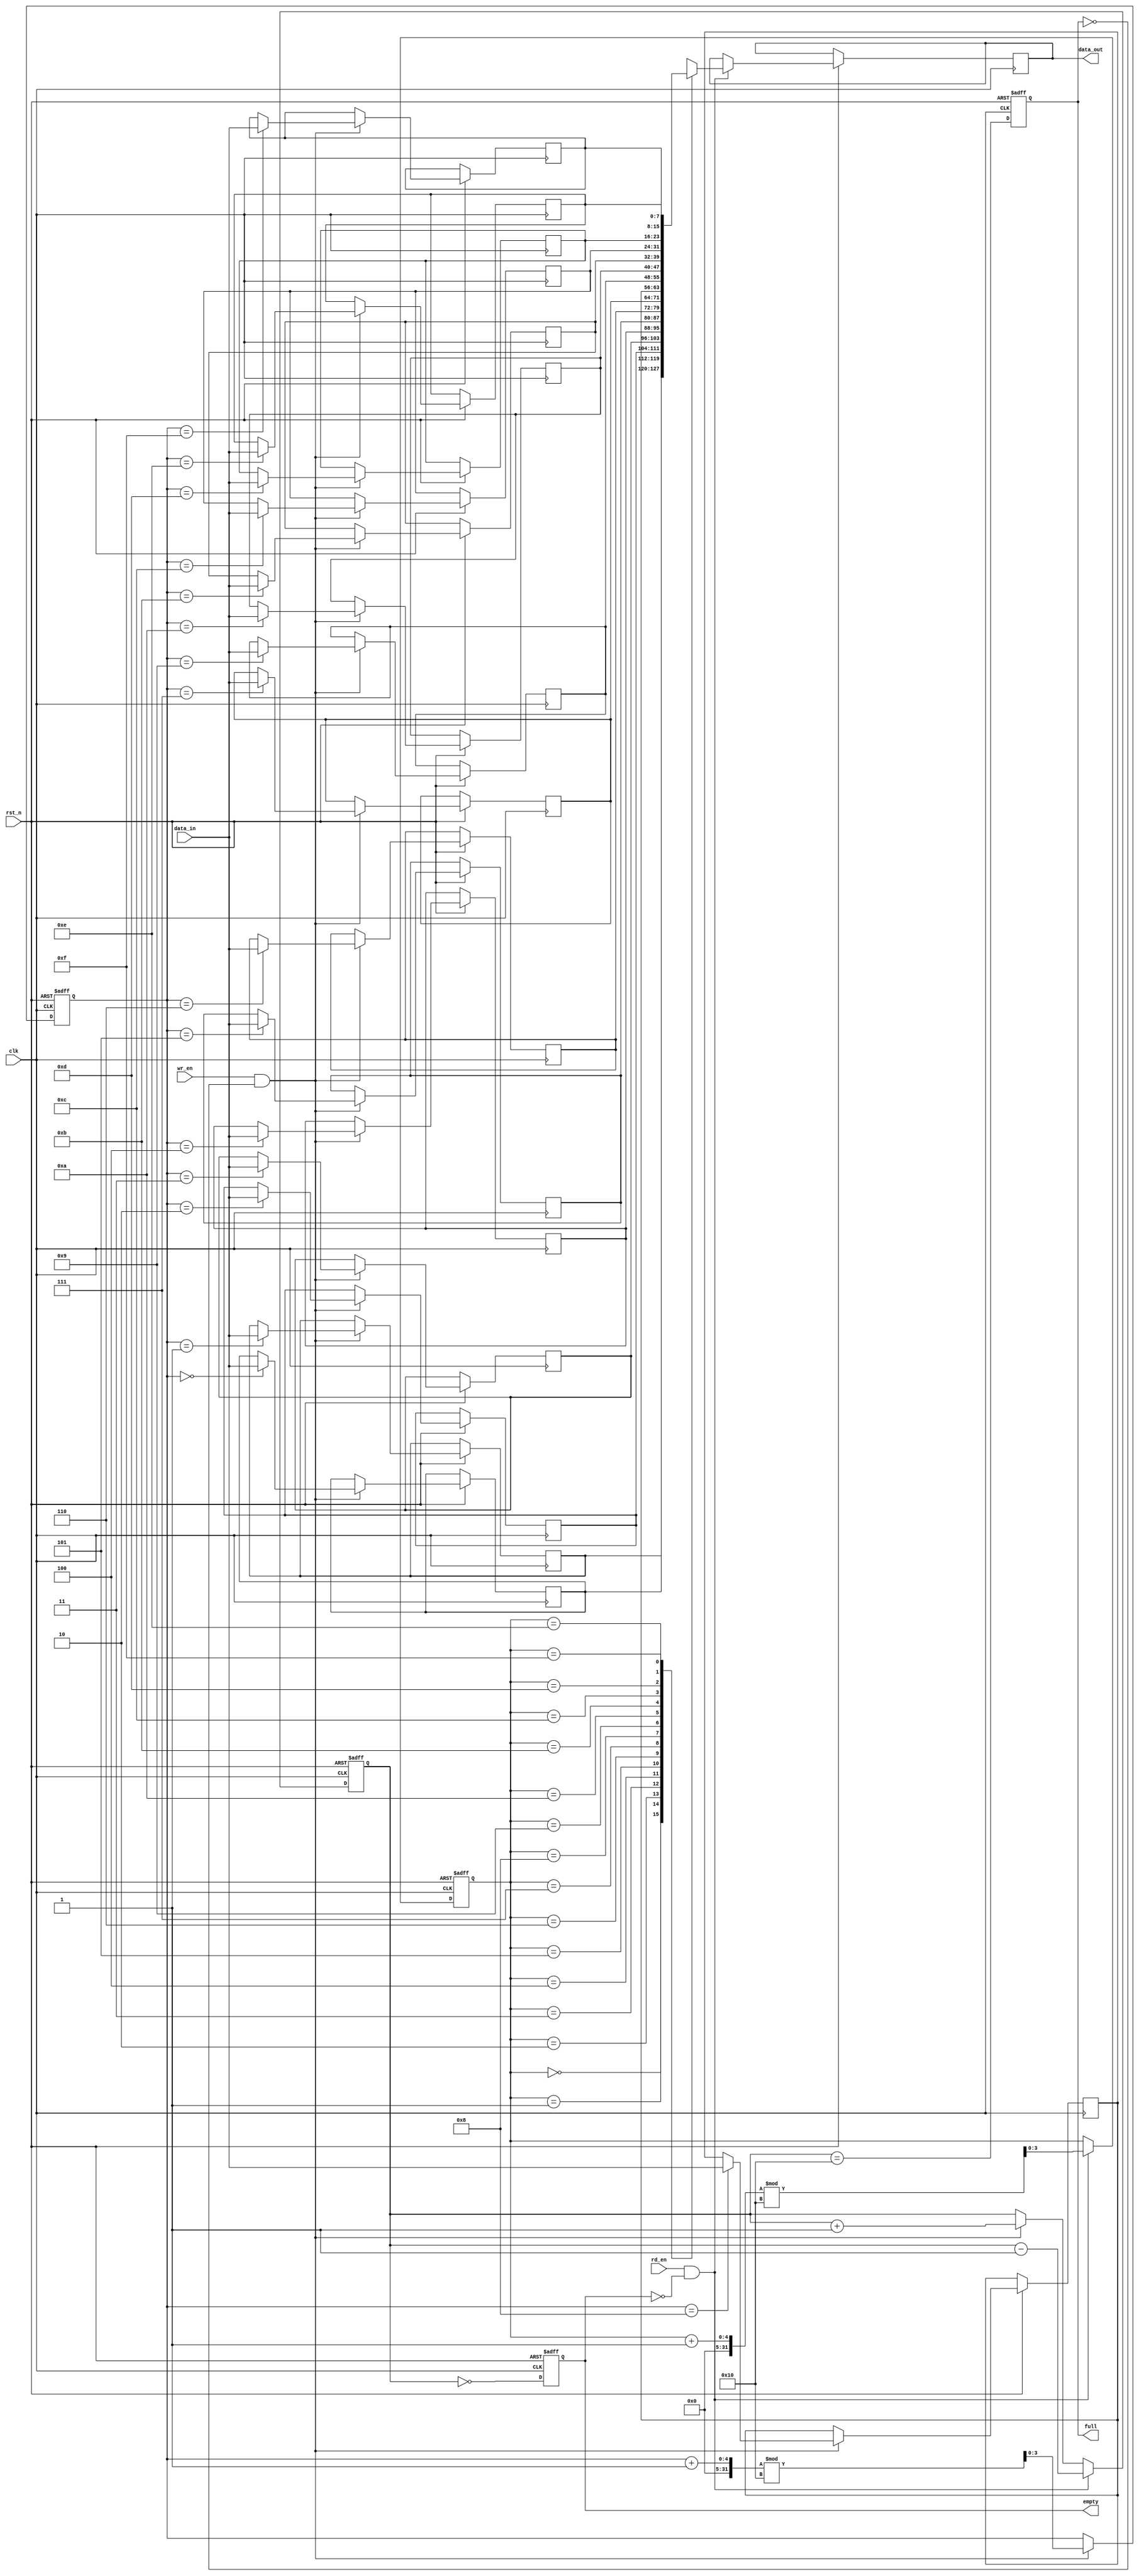
module fifo_sram #(
    parameter DEPTH = 16,  // Number of entries in the FIFO
    parameter WIDTH = 8    // Width of each entry in bits
)(
    input wire clk,                // Clock signal
    input wire rst_n,              // Asynchronous reset (active low)
    input wire wr_en,              // Write enable
    input wire rd_en,              // Read enable
    input wire [WIDTH-1:0] data_in, // Data input
    output reg [WIDTH-1:0] data_out, // Data output
    output reg full,              // Full flag
    output reg empty              // Empty flag
);

    // Memory array for FIFO storage
    reg [WIDTH-1:0] fifo_mem [0:DEPTH-1];
    
    // Pointers for write and read operations
    reg [$clog2(DEPTH)-1:0] wr_ptr;
    reg [$clog2(DEPTH)-1:0] rd_ptr;
    reg [$clog2(DEPTH):0] count; // To track the number of entries

    // Asynchronous reset and pointer management
    always @(posedge clk or negedge rst_n) begin
        if (!rst_n) begin
            wr_ptr <= 0;
            rd_ptr <= 0;
            count <= 0;
            full <= 0;
            empty <= 1;
        end else begin
            // Write operation
            if (wr_en && !full) begin
                fifo_mem[wr_ptr] <= data_in; // Write data to FIFO
                wr_ptr <= (wr_ptr + 1) % DEPTH; // Increment write pointer
                count <= count + 1; // Increment count
            end
            
            // Read operation
            if (rd_en && !empty) begin
                data_out <= fifo_mem[rd_ptr]; // Read data from FIFO
                rd_ptr <= (rd_ptr + 1) % DEPTH; // Increment read pointer
                count <= count - 1; // Decrement count
            end
            
            // Update full and empty flags
            full <= (count == DEPTH);
            empty <= (count == 0);
        end
    end

endmodule